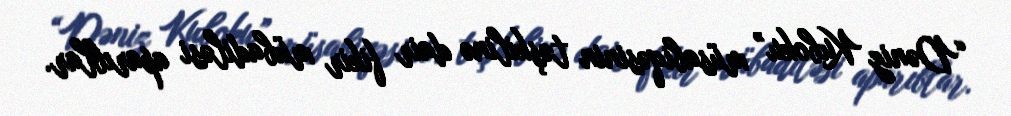
“Dəniz Kuboku” müsabiqəsinin təşkilinə dair fikir mübadiləsi aparıblar.